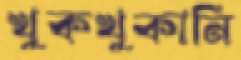
খুকখুকানি